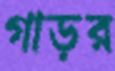
গাড়র